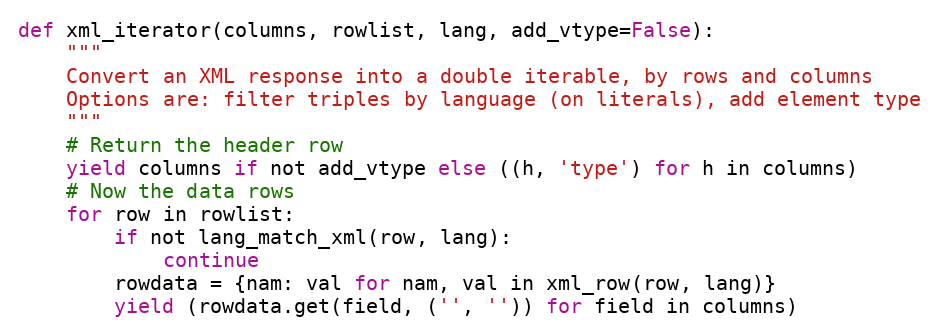
Language: Python
def xml_iterator(columns, rowlist, lang, add_vtype=False):
    """
    Convert an XML response into a double iterable, by rows and columns
    Options are: filter triples by language (on literals), add element type
    """
    # Return the header row
    yield columns if not add_vtype else ((h, 'type') for h in columns)
    # Now the data rows
    for row in rowlist:
        if not lang_match_xml(row, lang):
            continue
        rowdata = {nam: val for nam, val in xml_row(row, lang)}
        yield (rowdata.get(field, ('', '')) for field in columns)